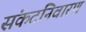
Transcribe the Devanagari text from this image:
संकटनिवारण